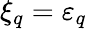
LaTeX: {\xi}_{q}={\varepsilon}_{q}